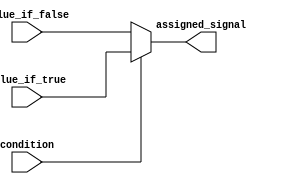
module conditional_assign (
    input condition,
    input value_if_true,
    input value_if_false,
    output reg assigned_signal
);

always @* begin
    if (condition)
        assigned_signal = value_if_true;
    else
        assigned_signal = value_if_false;
end

endmodule